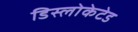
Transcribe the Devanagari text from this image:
डिस्लोकेटेड